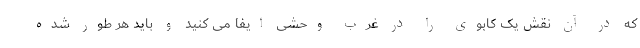
که در آن نقش یک کابوی را در غرب وحشی ایفا می کنید و باید هر طور شده